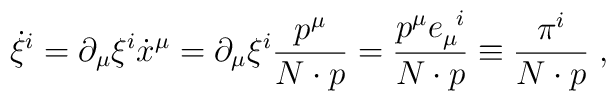
\dot \xi^i = \partial_\mu \xi^i \dot x^\mu = \partial_\mu \xi^i  \frac{p^\mu}{N \cdot p} = \frac{p^\mu e_\mu^{\;\; i}}{N \cdot p} \equiv  \frac{\pi^i}{N \cdot p} \; ,